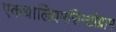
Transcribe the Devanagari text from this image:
एकथालियमसिन्टीग्राम